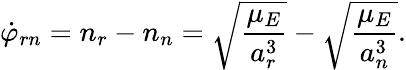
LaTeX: \dot{\varphi}_{rn}=n_{r}-n_{n}=\sqrt{\frac{\mu_{E}}{a_{r}^{3}}}-\sqrt{\frac{\mu_{E}}{a_{n}^{3}}}.